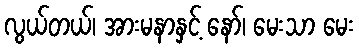
လွယ်တယ်၊ အားမနာနှင့် နော်၊ မေးသာ မေး